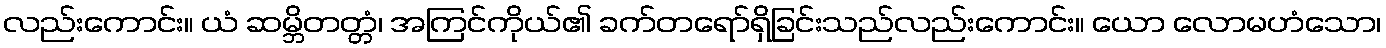
လည်းကောင်း။ ယံ ဆမ္ဘိတတ္တံ၊ အကြင်ကိုယ်၏ ခက်တရော်ရှိခြင်းသည်လည်းကောင်း။ ယော လောမဟံသော၊